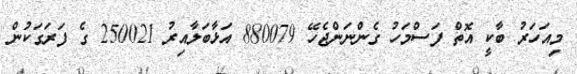
މިއަހަރު ބާކީ އޮތް ފަސްމަހު ގެންނަންޖެހޭ 880079 އަޅާބަލާއިރު 250021 ގެ ފަރަގަކުން